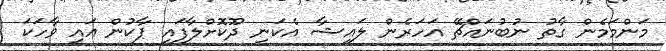
މަންމަމެން ގާތު ނުބުނައްޗޭ އަހަރެން ލައިޝާ އެކަނި ދޫކޮށްލާފައި ޕާކުން އައި ވާހަކަ